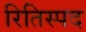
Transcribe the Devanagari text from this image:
रितिस्पद